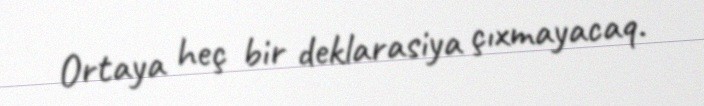
Ortaya heç bir deklarasiya çıxmayacaq.